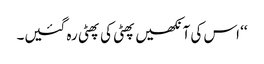
‘‘ اس کی آنکھیں پھٹی کی پھٹی رہ گئیں۔